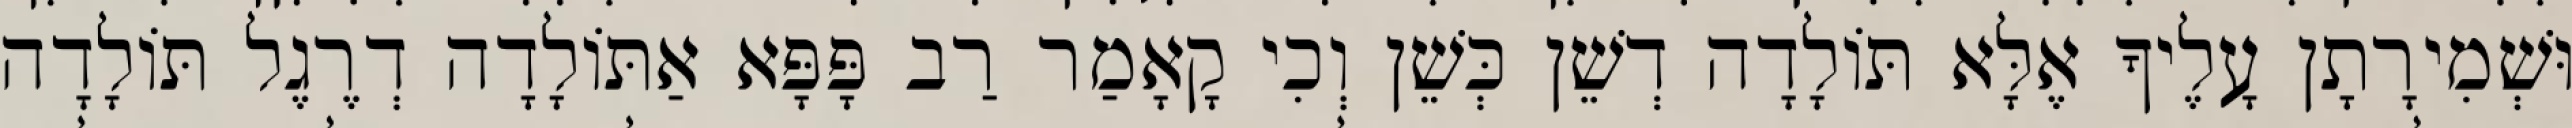
וּשְׁמִירָתָן עָלֶיךָ אֶלָּא תּוֹלָדָה דְשֵׁן כְּשֵׁן וְכִי קָאָמַר רַב פָּפָּא אַתּוֹלָדָה דְרֶגֶל תּוֹלָדָה